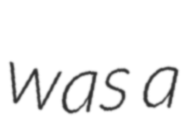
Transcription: was a